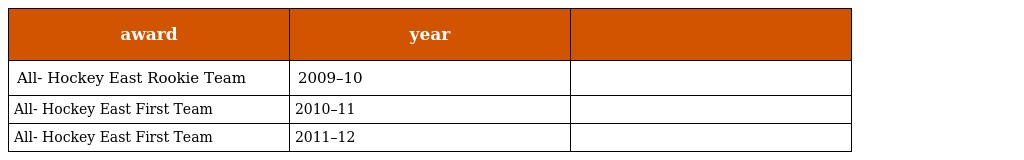
| award | year |  |
 | --- | --- | --- |
 | All- Hockey East Rookie Team | 2009–10 |  |
 | All- Hockey East First Team | 2010–11 |  |
 | All- Hockey East First Team | 2011–12 |  |